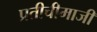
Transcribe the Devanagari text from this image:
प्रतीचीमाजीं